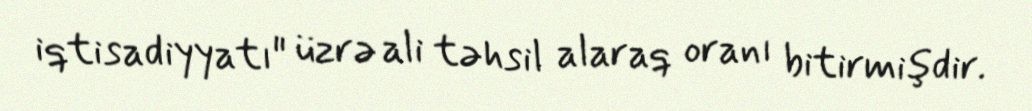
iqtisadiyyatı" üzrə ali təhsil alaraq oranı bitirmişdir.